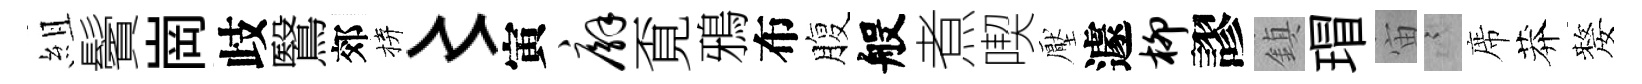
組鬢崗歧鷖郊拚〻寅廨覔鴉布腹般煮喫壓遽柳謬鎮瑁宙謭席莽嫠